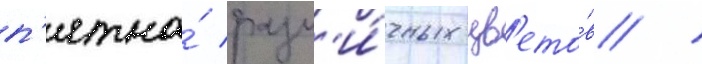
п'ятна́ разл'и́чных цв'ето́в /